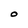
Character: O